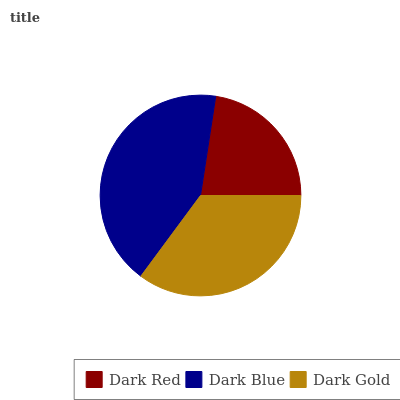
| Dark Red | Dark Blue | Dark Gold |
 | --- | --- | --- |
 | 22.6% | 42.3% | 35.1% |